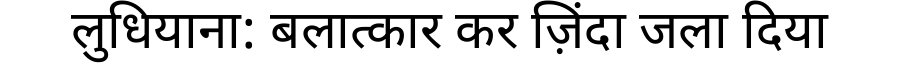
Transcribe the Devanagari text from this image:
लुधियाना: बलात्कार कर ज़िंदा जला दिया